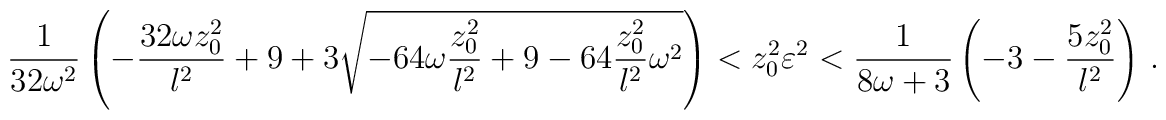
{1\over{32\omega^2}} \left( - {{32\omega z_0 ^2}\over l^2} + 9 +3\sqrt{-64\omega {{z_0 ^2}\over l^2} +9 -64{{z_0 ^2}\over l^2}\omega^2}\right) < z_0 ^2 \varepsilon^2 < {1\over {8\omega +3}} \left(-3-{{5z_0^2}\over l^2} \right) \, .